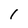
Character: 1